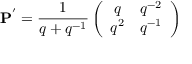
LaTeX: { \bf P } ^ { ' } = \frac { 1 } { q + q ^ { - 1 } } \left( \begin{array} { c c } { { q } } & { { q ^ { - 2 } } } \\ { { q ^ { 2 } } } & { { q ^ { - 1 } } } \end{array} \right)